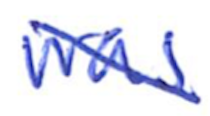
Text: was
Cross-out: diagonal
Writing tool: ballpoint